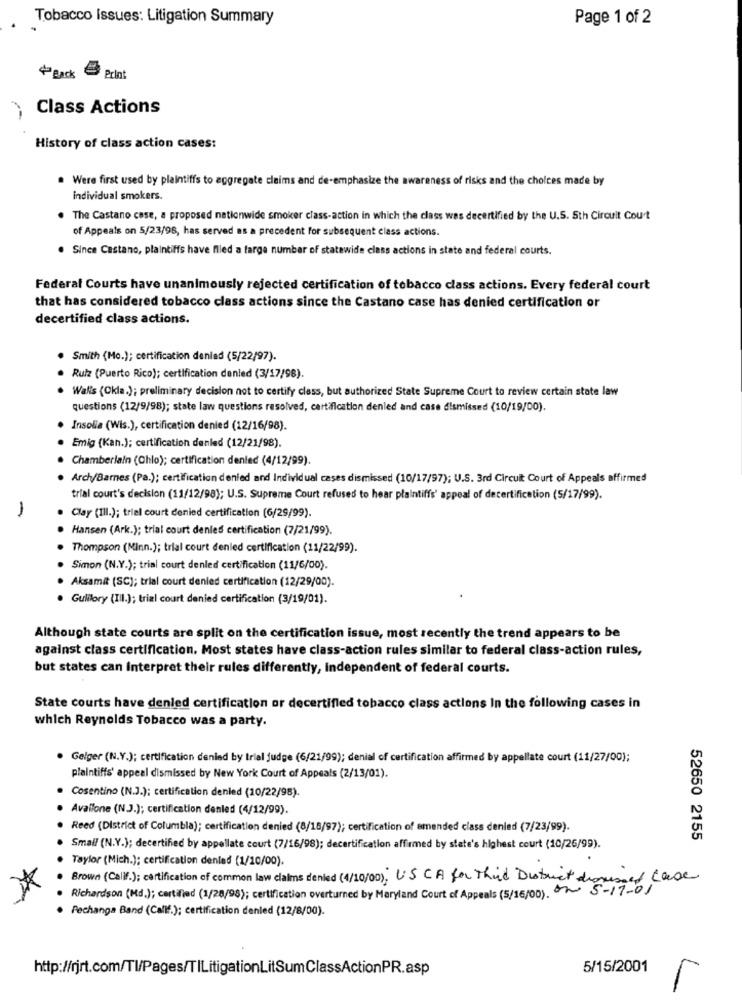
Tobacco Issues: Litigation Summary
Page 1 of 2
+Back Print
Class Actions
History of class action cases:
. Were first used by plaintiffs to aggregate claims and de-emphasize the awareness of risks and the choices made by
individual smokers.
The Castano case, a proposed nationwide smoker class-action in which the class was decertified by the U.S. 5th Circuit Court
of Appeals on 5/23/98, has served as a precedent for subsequent class actions.
. Since Castano, plaintiffs have filed a large number of statewide class actions in state and federal courts.
Federal Courts have unanimously rejected certification of tobacco class actions. Every federal court
that has considered tobacco class actions since the Castano case has denied certification or
decertified class actions.
. Smith (Mo.); certification denied (5/22/97).
Ruiz (Puerto Rico); certification denied (3/17/98).
Walls (Ckla.); preliminary decision not to certify class, but authorized State Supreme Court to review certain state law
questions (12/9/98); state law questions resolved, certification denled and case dismissed (10/19/00).
Insolia (Wis.), certification denied (12/16/98).
Emig (Kan.); certification denled (12/21/98).
Chamberlain (Chlo); certification denied (4/12/99).
Arch/Barnes (Pa.); certification denied and Individual cases dismissed (10/17/97); U.S. 3rd Circuit Court of Appeals affirmed
trial court's decision (11/12/98); U.S. Supreme Court refused to hear plaintiffs' appeal of decertification (5/17/99).
Clay (III.); trial court denied certification (6/29/99).
Hansen (Ark.); trial court denled certification (7/21/99).
Thompson (Minn.); trial court denied certification (11/22/99).
Simon (N.Y.); trial court denled certification (11/6/00).
Aksamit (SC); trial court denied certification (12/29/00).
Gulilory (III.); trial court denied certification (3/19/01).
Although state courts are split on the certification issue, most recently the trend appears to be
against class certification. Most states have class-action rules similar to federal class-action rules,
but states can Interpret their rules differently, Independent of federal courts.
State courts have denied certification or decertified tobacco class actions In the following cases in
which Reynolds Tobacco was a party.
. Gelger (N.V.); certification denied by trial judge (6/21/99); denial of certification affirmed by appellate court (11/27/00);
plaintiffs' appeal dismissed by New York Court of Appeals (2/13/01).
Cosentino (N.J.); certification denied (10/22/98).
Avallone (N.J.); certification denied (4/12/99).
Reed (District of Columbia); certification denied (8/18/97); certification of amended class denied (7/23/99).
52650 2155
Small (N.Y.); decertified by appellate court (7/16/98); decertification affamed by state's highest court (10/26/99).
Taylor (Mich.); certification denled (1/10/00).
Brown (Calif.); certification of common law claims denied (4/10/00); US CA for Third District dismissed case
. Richardson (Md.); certified (1/28/98); certification overturned by Maryland Court of Appeals (5/16/00). ~ 5-17-01
Pechanga Band (Calif.); certification denled (12/8/00).
http://rjrt.com/Tl/Pages/TILitigationLitSumClassActionPR.asp
5/15/2001